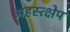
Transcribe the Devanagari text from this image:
अहस्त्क्षेप